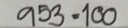
953 = 100